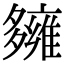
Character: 𡗌